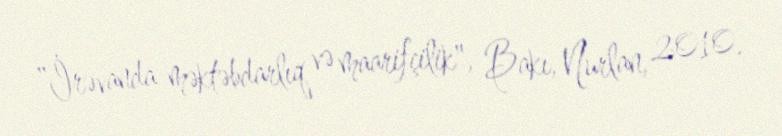
"İrəvanda məktəbdarlıq və maarifçilik", Bakı, Nurlan, 2010.